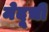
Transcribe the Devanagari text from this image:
मेदूची